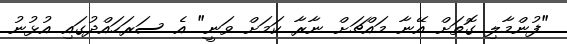
"ފުންމާލި ގޮތަށް އޭނާ މައްޗަށް ނާރާ ކަމަށް ވަނީ" އެ ސަރަހައްދުގައި އުޅުނު